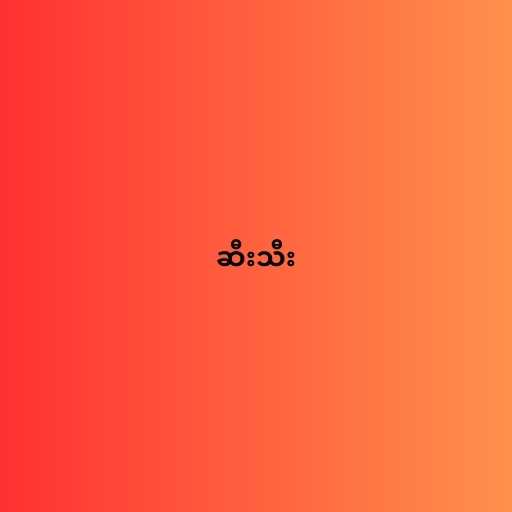
ဆီးသီး